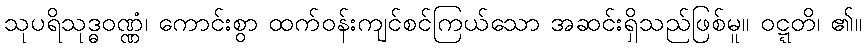
သုပရိသုဒ္ဓဝဏ္ဏံ၊ ကောင်းစွာ ထက်ဝန်းကျင်စင်ကြယ်သော အဆင်းရှိသည်ဖြစ်မူ။ ဝဋ္ဋတိ၊ ၏။